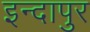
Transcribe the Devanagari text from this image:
इन्दापुर